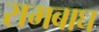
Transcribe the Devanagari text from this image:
रामबाघ